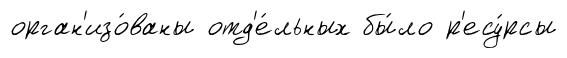
орган'изо́ваны отд'е́льных бы́ло р'есу́рсы